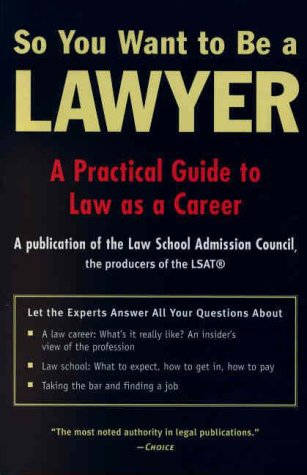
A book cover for So You Want to Be a Lawyer; Law School Administration Council; Law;